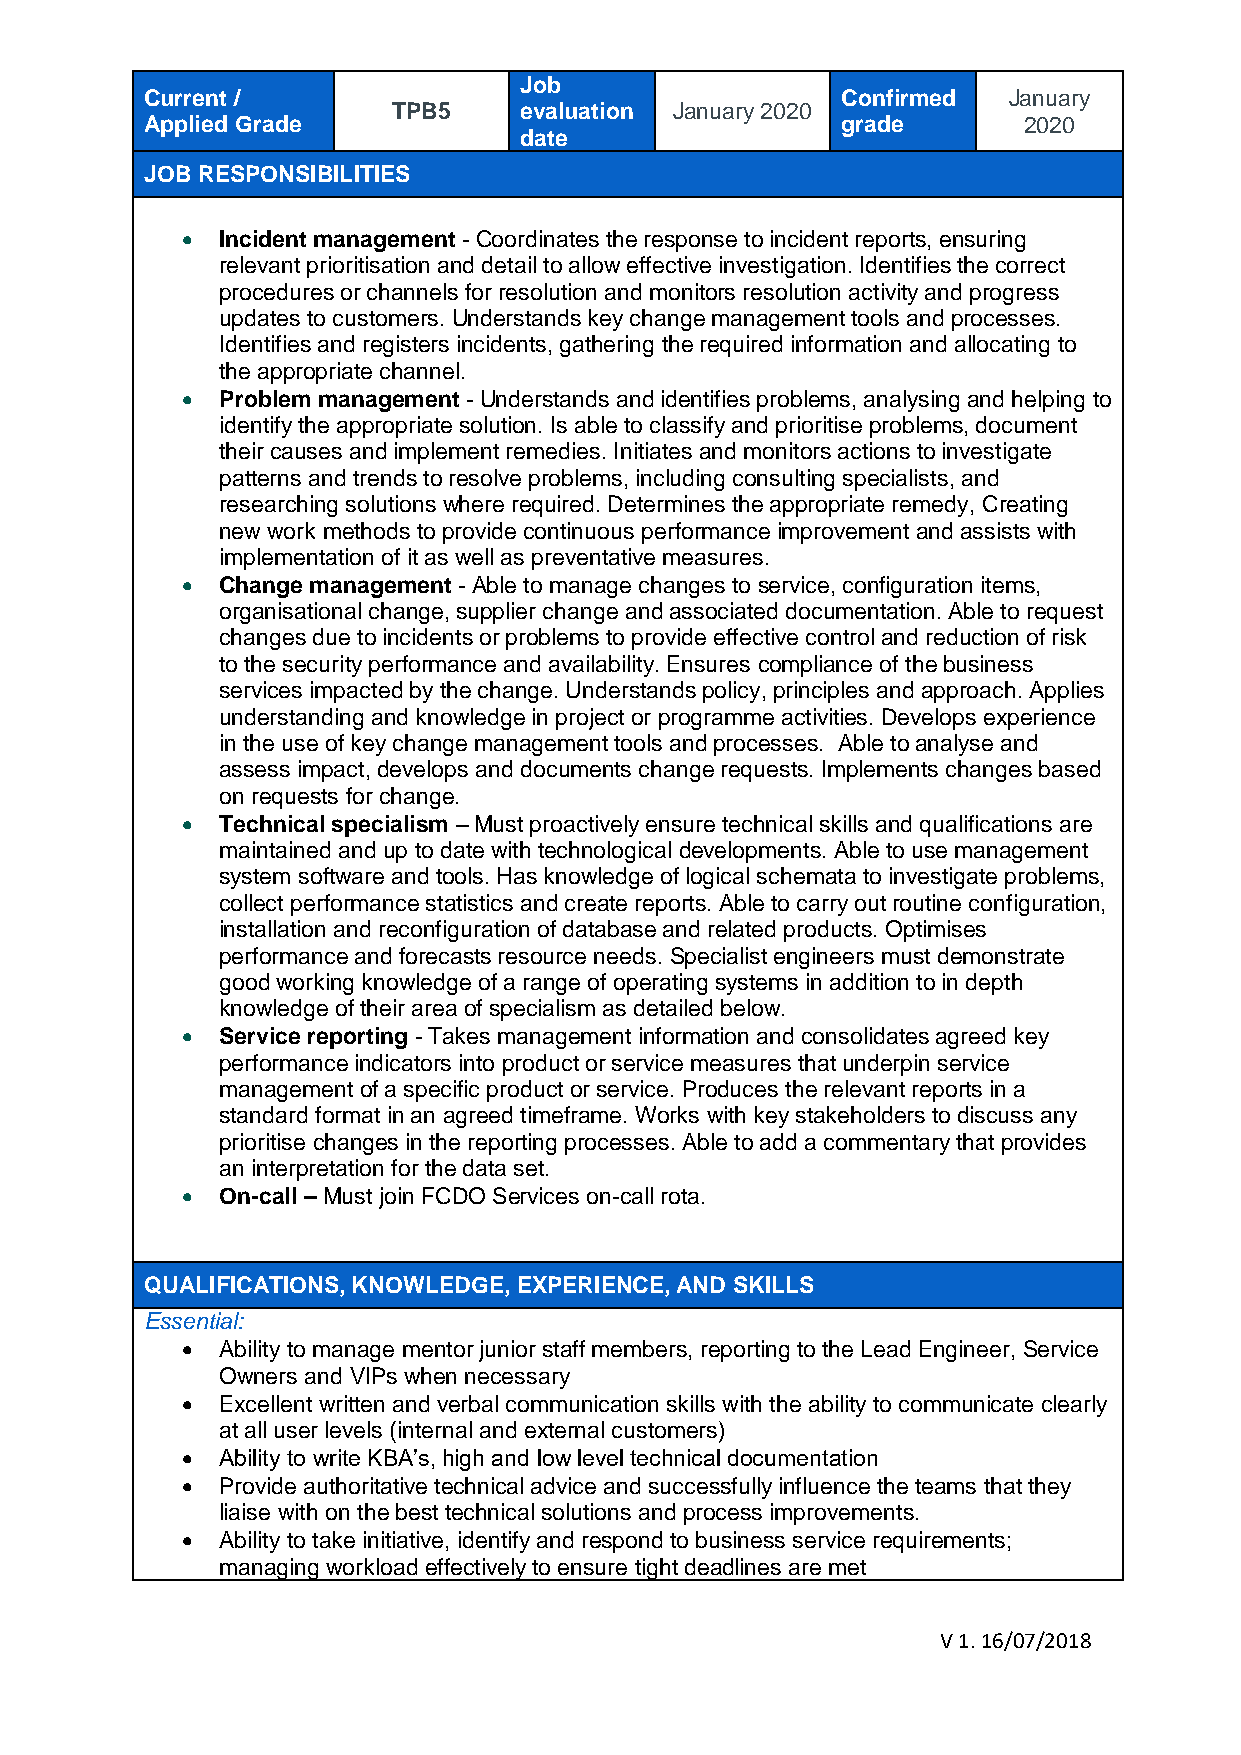
Job
 Current /                                     Confirmed  January
 TPB5    evaluation January 2020
 Applied Grade                                 grade       2020
 date
 JOB RESPONSIBILITIES
   Incident management - Coordinates the response to incident reports, ensuring
 relevant prioritisation and detail to allow effective investigation. Identifies the correct
 procedures or channels for resolution and monitors resolution activity and progress
 updates to customers. Understands key change management tools and processes.
 Identifies and registers incidents, gathering the required information and allocating to
 the appropriate channel.
   Problem management - Understands and identifies problems, analysing and helping to
 identify the appropriate solution. Is able to classify and prioritise problems, document
 their causes and implement remedies. Initiates and monitors actions to investigate
 patterns and trends to resolve problems, including consulting specialists, and
 researching solutions where required. Determines the appropriate remedy, Creating
 new work methods to provide continuous performance improvement and assists with
 implementation of it as well as preventative measures.
   Change management - Able to manage changes to service, configuration items,
 organisational change, supplier change and associated documentation. Able to request
 changes due to incidents or problems to provide effective control and reduction of risk
 to the security performance and availability. Ensures compliance of the business
 services impacted by the change. Understands policy, principles and approach. Applies
 understanding and knowledge in project or programme activities. Develops experience
 in the use of key change management tools and processes. Able to analyse and
 assess impact, develops and documents change requests. Implements changes based
 on requests for change.
   Technical specialism – Must proactively ensure technical skills and qualifications are
 maintained and up to date with technological developments. Able to use management
 system software and tools. Has knowledge of logical schemata to investigate problems,
 collect performance statistics and create reports. Able to carry out routine configuration,
 installation and reconfiguration of database and related products. Optimises
 performance and forecasts resource needs. Specialist engineers must demonstrate
 good working knowledge of a range of operating systems in addition to in depth
 knowledge of their area of specialism as detailed below.
   Service reporting - Takes management information and consolidates agreed key
 performance indicators into product or service measures that underpin service
 management of a specific product or service. Produces the relevant reports in a
 standard format in an agreed timeframe. Works with key stakeholders to discuss any
 prioritise changes in the reporting processes. Able to add a commentary that provides
 an interpretation for the data set.
   On-call – Must join FCDO Services on-call rota.
 QUALIFICATIONS, KNOWLEDGE, EXPERIENCE, AND SKILLS
 Essential:
   Ability to manage mentor junior staff members, reporting to the Lead Engineer, Service
 Owners and VIPs when necessary
   Excellent written and verbal communication skills with the ability to communicate clearly
 at all user levels (internal and external customers)
   Ability to write KBA’s, high and low level technical documentation
   Provide authoritative technical advice and successfully influence the teams that they
 liaise with on the best technical solutions and process improvements.
   Ability to take initiative, identify and respond to business service requirements;
 managing workload effectively to ensure tight deadlines are met
 V 1. 16/07/2018